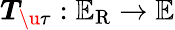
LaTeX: \boldsymbol{T}_{\u{\tau}}:\mathbb{E}_{\mathrm{R}}\rightarrow\mathbb{E}